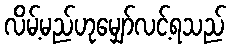
လိမ့်မည်ဟုမျှော်လင့်ရသည်